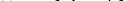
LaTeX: \smash{k^{2}D_{s}>\gamma_{s}}